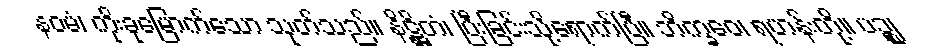
နဝမံ၊ ကိုးခုမြောက်သော သုတ်သည်။ နိဋ္ဌိတံ၊ ပြီးခြင်းသို့ရောက်ပြီ။ ဘိက္ခဝေ၊ ရဟန်းတို့။ ပဉ္စ၊